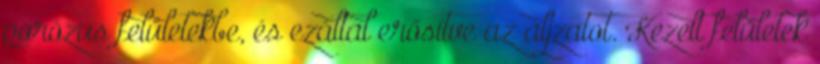
porózus felületekbe, és ezáltal erősítve az aljzatot. Kezelt felületek